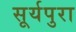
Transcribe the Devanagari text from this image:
सूर्यपुरा